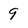
Character: 9